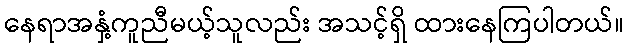
နေရာအနှံ့ကူညီမယ့်သူလည်း အသင့်ရှိ ထားနေကြပါတယ်။